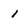
Character: 1